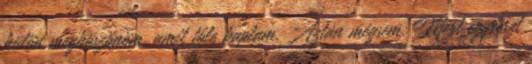
külön megköszönöm, amit tőle kaptam. Aztán mégsem. Mert egyrészt